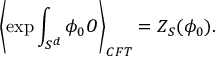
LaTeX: \left\langle \exp \int _ { S ^ { d } } \phi _ { 0 } O \right\rangle _ { C F T } = Z _ { S } ( \phi _ { 0 } ) .